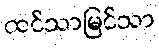
ထင်သာမြင်သာ